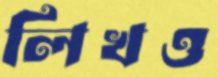
লিখও